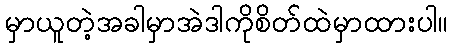
မှာယူတဲ့အခါမှာအဲဒါကိုစိတ်ထဲမှာထားပါ။